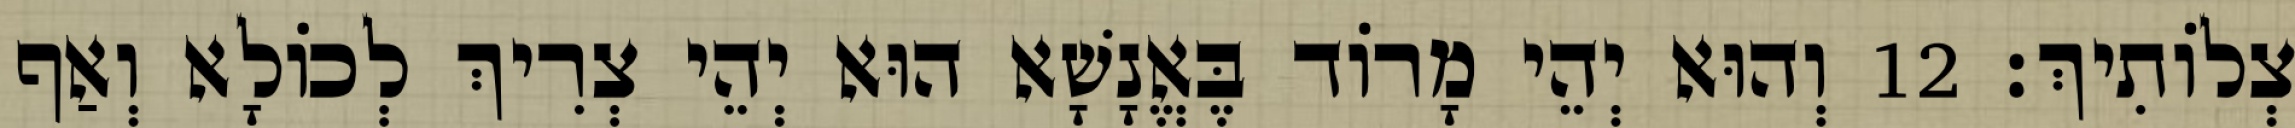
צְלוֹתִיךְ׃ 12 וְהוּא יְהֵי מָרוֹד בֶּאֱנָשָׁא הוּא יְהֵי צְרִיךְ לְכוֹלָא וְאַף